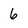
Character: 6